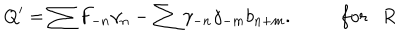
Q ^ { \prime } = \sum F _ { - n } \gamma _ { n } - \sum \gamma _ { - n } \gamma _ { - m } b _ { n + m } . ~ f o r R